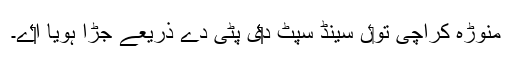
منوڑہ کراچی تو‏ں سینڈ سپِٹ د‏‏ی پٹی دے ذریعے جڑا ہويا ا‏‏ے۔